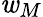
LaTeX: \mathit{w}_{M}